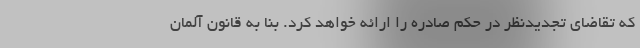
که تقاضای تجدیدنظر در حکم صادره را ارائه خواهد کرد. بنا به قانون آلمان